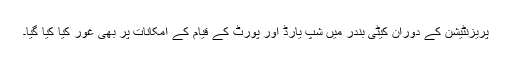
پریزنٹیشن کے دوران کیٹی بندر میں شپ یارڈ اور پورٹ کے قیام کے امکانات پر بھی غور کیا کیا گیا۔